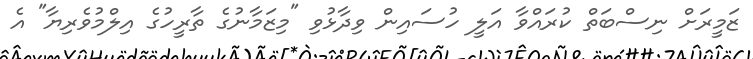
ޒަމީރަށް ނިސްބަތް ކުރައްވާ އަލީ ހުސައިން ވިދާޅުވި "މިޒަމާނުގެ ތާރީހުގެ އިލްމުވެރިޔާ" އެ